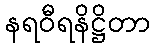
နရဝီရနိဋ္ဌိတာ